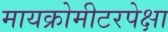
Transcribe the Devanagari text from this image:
मायक्रोमीटरपेक्षा